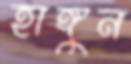
হাঙ্গুন